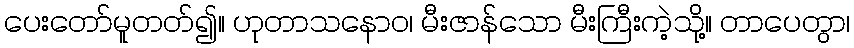
ပေးတော်မူတတ်၍။ ဟုတာသနောဝ၊ မီးဇာန်သော မီးကြီးကဲ့သို့။ တာပေတွာ၊